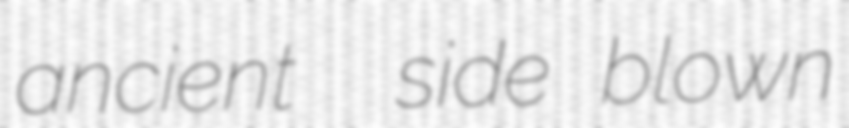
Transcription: ancient  side blown